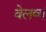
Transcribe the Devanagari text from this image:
वेलव्यं